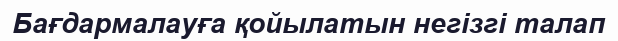
Бағдармалауға қойылатын негізгі талап